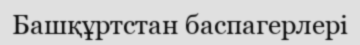
Башқұртстан баспагерлері